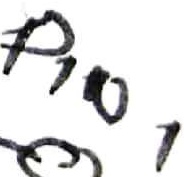
Text: PIN1